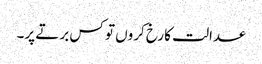
عدالت کا رخ کروں تو کس برتے پر۔